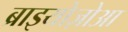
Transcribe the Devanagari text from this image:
ब्राइयोज़ोआ